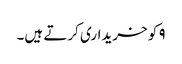
۹ کو خریداری کرتے ہیں۔